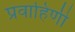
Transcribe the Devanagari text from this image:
प्रवाहिणी